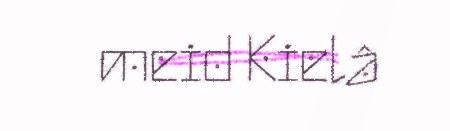
meid Kielâ